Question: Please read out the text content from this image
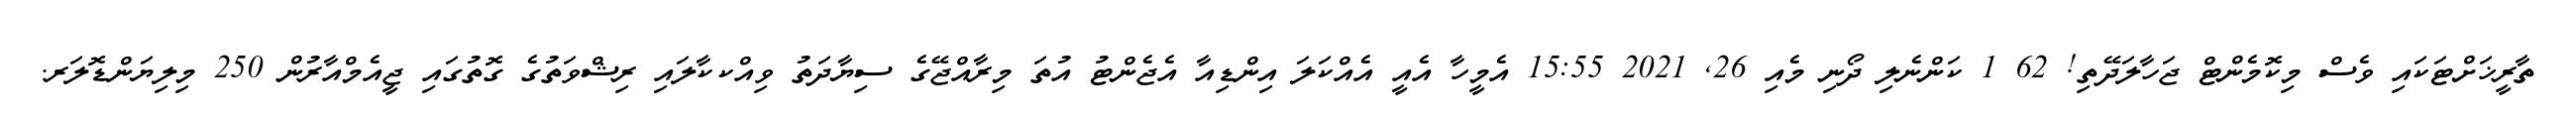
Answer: ތާރީޚަށްޓަކައި ވެސް މިކޮމެންޓް ޖަހާލަދޭތި! 62 1 ކަންނެލި ދޯނި މެއި 26, 2021 15:55 އެމީހާ އެއީ އެއްކަލަ އިންޑިއާ އެޖެންޓު އުތަ މިރާއްޖޭގެ ސިޔާދަތު ވިއްކކާލައި ރިޝްވަތުގެ ގޮތުގައި ޖީއެމްއާރުން 250 މިލިޔަންޑޮލަރ.